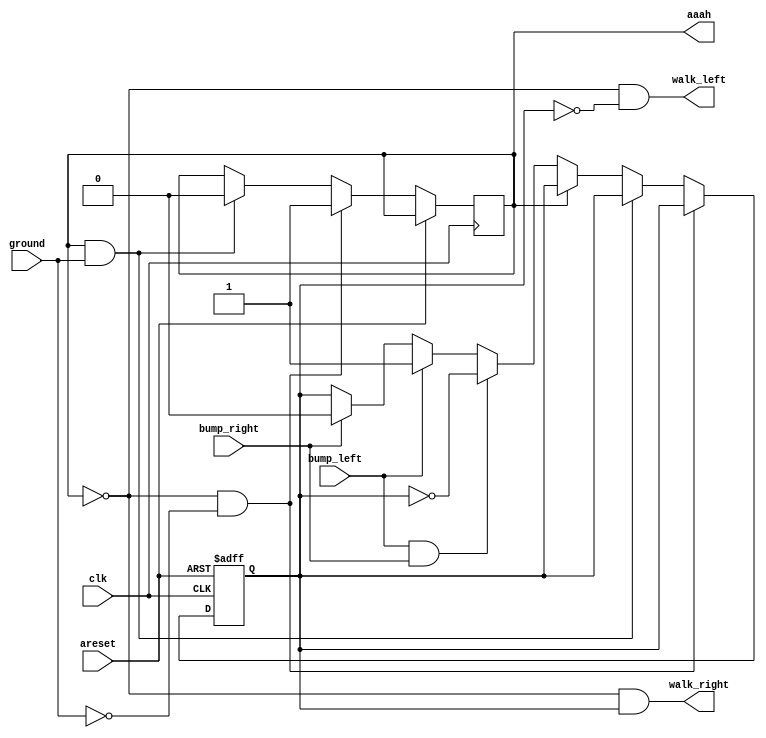
module top_module(
    input clk,
    input areset,    // Freshly brainwashed Lemmings walk left.
    input bump_left,
    input bump_right,
    input ground,
    output walk_left,
    output walk_right,
    output aaah );

    reg direction;
    reg falling;

    always @(posedge clk, posedge areset) begin
        if (areset)
            direction <= 1'b0;
        else if (!falling && !ground)
            falling <= 1'b1;
        else if (falling && ground)
            falling <= 1'b0;
        else if (!falling) begin
            if (bump_left && bump_right)
                direction <= !direction;
            else if (bump_left)
                direction <= 1'b1;
            else if (bump_right)
                direction <= 1'b0;
        end
    end

    assign aaah = falling;
    assign walk_left = !falling && direction == 1'b0;
    assign walk_right = !falling && direction == 1'b1;

endmodule